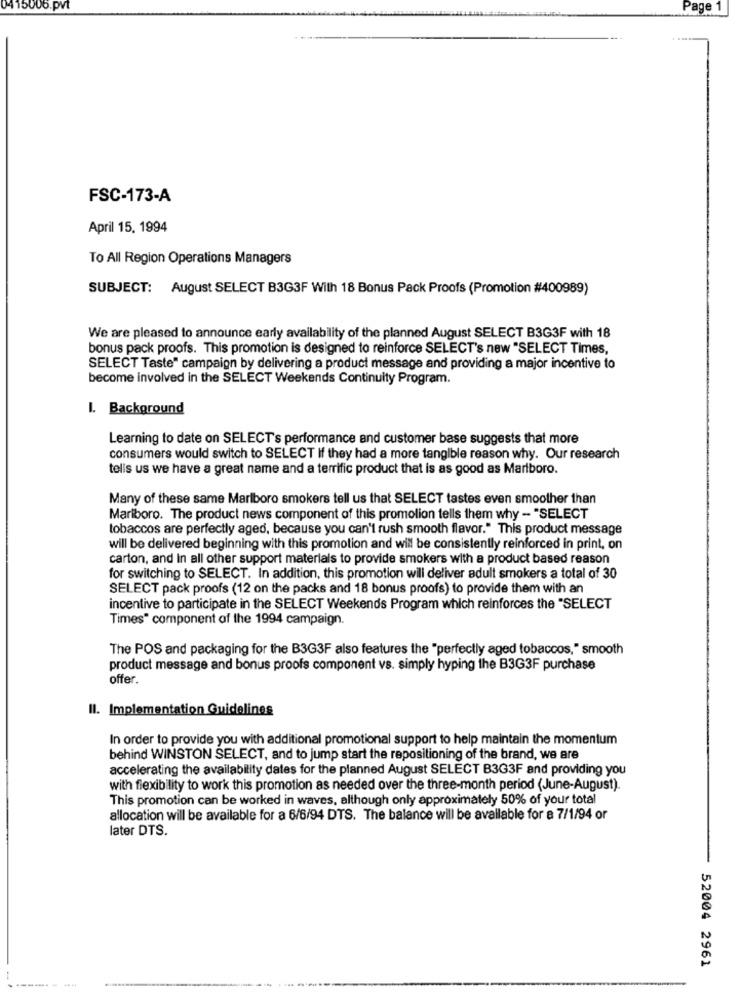
M 15006.pvt
Page 1
FSC-173-A
April 15, 1994
To All Region Operations Managers
SUBJECT: August SELECT B3G3F With 18 Bonus Pack Proofs (Promotion #400989)
We are pleased to announce early availability of the planned August SELECT B3G3F with 18
bonus pack proofs. This promotion is designed to reinforce SELECT's new "SELECT Times,
SELECT Taste" campaign by delivering a product message and providing a major incentive to
become involved in the SELECT Weekends Continuity Program.
I. Background
Learning to date on SELECT's performance and customer base suggests that more
consumers would switch to SELECT If they had a more tangible reason why. Our research
tells us we have a great name and a terrific product that is as good as Marlboro.
Many of these same Marlboro smokers tell us that SELECT tastes even smoother than
Marlboro. The product news component of this promolion tells them why - "SELECT
tobaccos are perfectly aged, because you can't rush smooth flavor." This product message
will be delivered beginning with this promotion and will be consistently reinforced in print, on
carton, and In all other support materials to provide smokers with a product based reason
for switching to SELECT. In addition, this promotion will deliver adult smokers a total of 30
SELECT pack proofs (12 on the packs and 18 bonus proofs) to provide them with an
incentive to participate in the SELECT Weekends Program which reinforces the "SELECT
Times" component of the 1994 campaign.
The POS and packaging for the B3G3F also features the "perfectly aged tobaccos," smooth
product message and bonus proofs component vs. simply hyping the B3G3F purchase
offer.
Il. Implementation Guidelines
In order to provide you with additional promotional support to help maintain the momentum
behind WINSTON SELECT, and to jump start the repositioning of the brand, we are
accelerating the availability dates for the planned August SELECT B3G3F and providing you
with flexibility to work this promotion as needed over the three-month period (June-August).
This promotion can be worked in waves, although only approximately 50% of your total
allocation will be available for a 6/6/94 DTS. The balance will be available for a 7/1/94 or
later DTS.
52004 2961